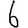
Digit: 6